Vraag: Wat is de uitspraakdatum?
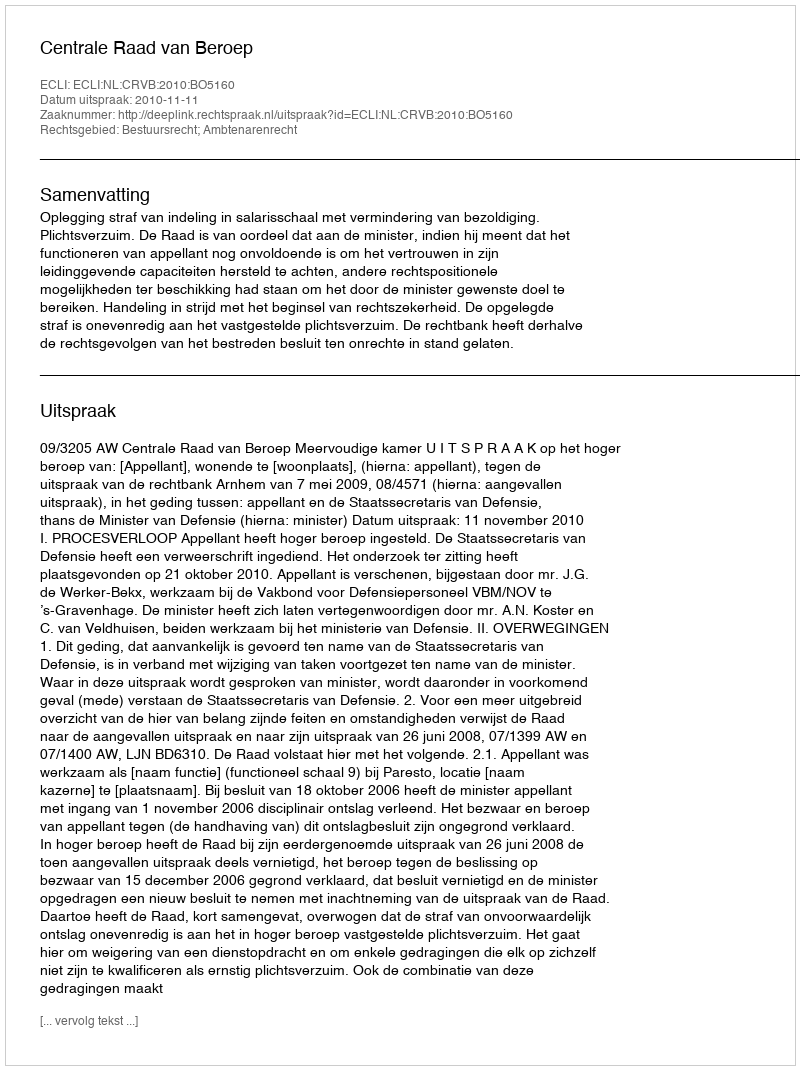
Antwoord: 2010-11-11